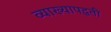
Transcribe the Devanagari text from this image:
व्याख्यापद्धती